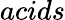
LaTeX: acids